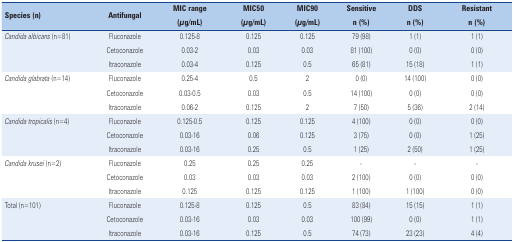
| <ROWSPAN=2> Species (n) | <ROWSPAN=2> Antifungal | MIC range | MIC50 | MIC90 | Sensitive | DDS | Resistant |
 | (μg/mL) | (μg/mL) | (μg/mL) | n (%) | n (%) | n (%) |
 | --- | --- | --- | --- | --- | --- | --- | --- |
 | Candida albicans (n=81) | Fluconazole | 0.125-8 | 0.125 | 0.125 | 79 (98) | 1 (1) | 1 (1) |
 |  | Cetoconazole | 0.03-2 | 0.03 | 0.03 | 81 (100) | 0 (0) | 0 (0) |
 |  | Itraconazole | 0.03-4 | 0.125 | 0.5 | 65 (81) | 15 (18) | 1 (1) |
 | Candida glabrata (n=14) | Fluconazole | 0.25-4 | 0.5 | 2 | 0 (0) | 14 (100) | 0 (0) |
 |  | Cetoconazole | 0.03-0.5 | 0.03 | 0.5 | 14 (100) | 0 (0) | 0 (0) |
 |  | Itraconazole | 0.06-2 | 0.125 | 2 | 7 (50) | 5 (36) | 2 (14) |
 | Candida tropicalis (n=4) | Fluconazole | 0.125-0.5 | 0.125 | 0.125 | 4 (100) | 0 (0) | 0 (0) |
 |  | Cetoconazole | 0.03-16 | 0.06 | 0.125 | 3 (75) | 0 (0) | 1 (25) |
 |  | Itraconazole | 0.03-16 | 0.25 | 0.5 | 1 (25) | 2 (50) | 1 (25) |
 | Candida krusei (n=2) | Fluconazole | 0.25 | 0.25 | 0.25 | - | - | - |
 |  | Cetoconazole | 0.03 | 0.03 | 0.03 | 2 (100) | 0 (0) | 0 (0) |
 |  | Itraconazole | 0.125 | 0.125 | 0.125 | 1 (100) | 1 (100) | 0 (0) |
 | Total (n=101) | Fluconazole | 0.125-8 | 0.125 | 0.5 | 83 (84) | 15 (15) | 1 (1) |
 |  | Cetoconazole | 0.03-16 | 0.03 | 0.03 | 100 (99) | 0 (0) | 1 (1) |
 |  | Itraconazole | 0.03-16 | 0.125 | 0.5 | 74 (73) | 23 (23) | 4 (4) |